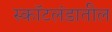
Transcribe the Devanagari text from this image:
स्कॉटलंडातील